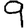
Digit: 9